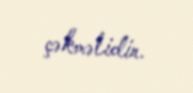
çəkməlidir.